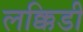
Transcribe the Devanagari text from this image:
लक्किडी